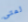
لمتى